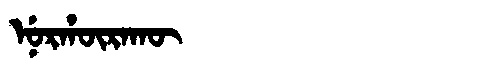
Manchu: ᠨᡠᡵᡥᡡᡵᠠᡴᡡ
Romanization: NURHŪRAKŪ